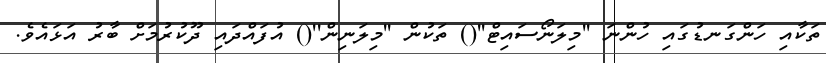
ތަކާއި ހަންގަނޑުގައި ހުންނަ ''މިލަނޯސައިޓް''() ތަކުން ''މިލަނިން''() އުފައްދައި ދޫކުރުމަށް ބާރު އަޅައެވެ.